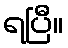
ရပြီ။